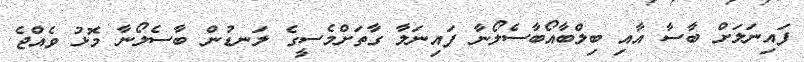
ފައިނަލަށް ބާސާ އާއި ބިލްބާއޯބާސެލޯނާ ފައިނަލާ ގާތަށްމެސީގެ ލަނޑުން ބާސެލޯނާ މޮޅު ވެއްޖެ